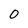
Character: 0